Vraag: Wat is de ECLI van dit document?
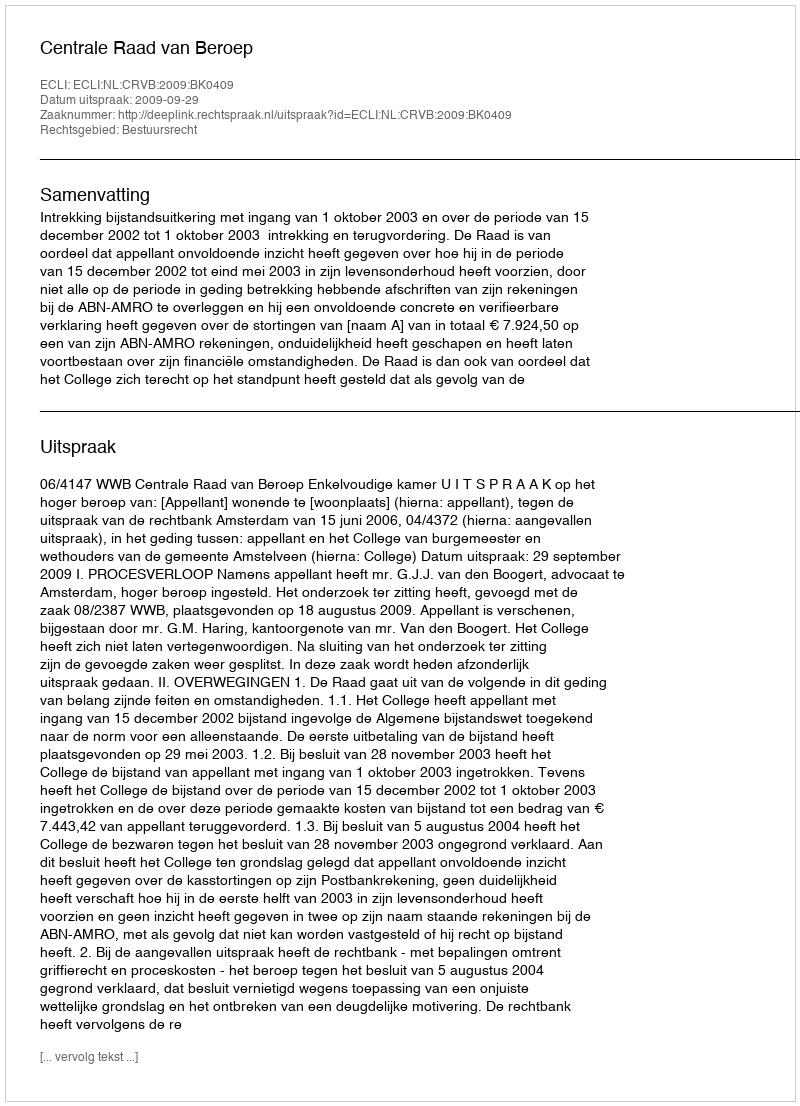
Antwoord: ECLI:NL:CRVB:2009:BK0409